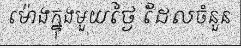
ម៉ោងក្នុងមួយថ្ងៃ ដែលចំនួន